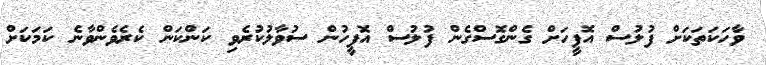
ވާހަކަތަކަށް ފުލުސް އޮފީހަށް ގެންގޮސްގެން ފުލުސް އޮފީހުން ސުވާލުކުރެވި ކަންކަން ކެރެވެންވާނެ ކަމަކަށް